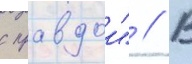
с правдои" // В